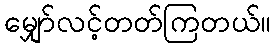
မျှော်လင့်တတ်ကြတယ်။